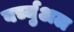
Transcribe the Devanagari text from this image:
वर्च्युअल